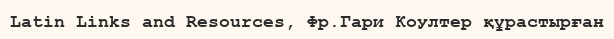
Latin Links and Resources, Фр.Гари Коултер құрастырған